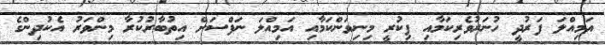
އަމިއްލަ ފަރުދީ ހުނަރުވެރިކަމާއި ފިކުރީ މިނިވަންކަމާއި އަމިއްލަ ނަފްސަށް އިތުބާރުކުރާ މިންވަރު އެކުދިންގެ